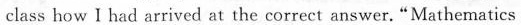
class how l had arrived at the corrert answer. " Mathematics